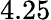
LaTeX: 4.25